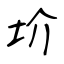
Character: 圿